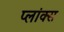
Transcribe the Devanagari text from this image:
प्लांक्स